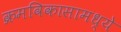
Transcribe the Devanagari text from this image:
क्रमविकासामध्ये